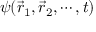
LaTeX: \psi ( { \vec { r } } _ { 1 } , { \vec { r } } _ { 2 } , \cdots , t )